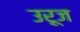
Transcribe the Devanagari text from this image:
उरूज